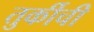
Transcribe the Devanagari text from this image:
तुर्कीची